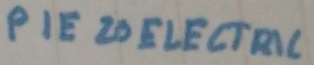
Text: PEIZO ELECTRIC